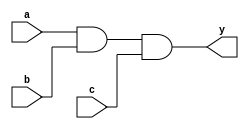
module example2 (
  input wire a, b, c,
  output reg y
);
  reg t1;
  
  always @* begin
    t1 = a & b;
    y = t1 & c;
  end
endmodule

module tb_example;
  reg x1, x2, x3;
  reg d;
  wire testout;
  
  example2 uut (
    .a(x1),
    .b(x2),
    .c(x3),
    .y(testout)
  );
  
  initial begin
    x1 = 0; x2 = 0; x3 = 0;
    #200;
    x1 = 1; x2 = 1; x3 = 0;
    #200;
    x1 = 1; x2 = 0; x3 = 1;
    #200;
    x1 = 1; x2 = 1; x3 = 1;
    #200;
    $stop;
  end
endmodule